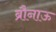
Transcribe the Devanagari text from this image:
ब्रौनाऊ